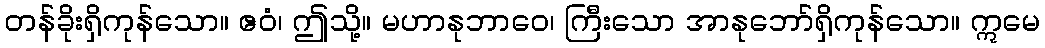
တန်ခိုးရှိကုန်သော။ ဧဝံ၊ ဤသို့။ မဟာနုဘာဝေ၊ ကြီးသော အာနုဘော်ရှိကုန်သော။ ဣမေ